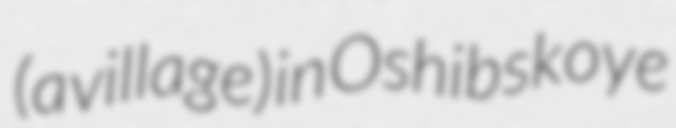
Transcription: (a village) in Oshibskoye